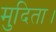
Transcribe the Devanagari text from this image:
मुदिता।